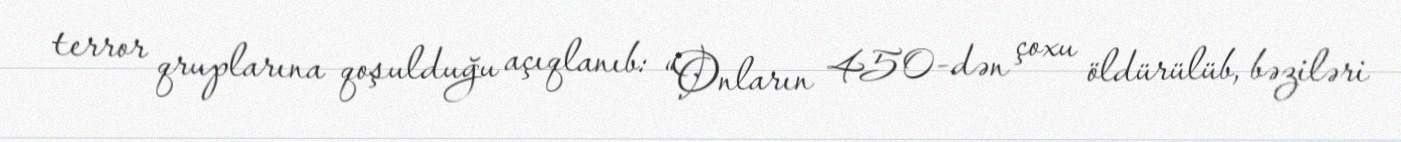
terror qruplarına qoşulduğu açıqlanıb: “Onların 450-dən çoxu öldürülüb, bəziləri